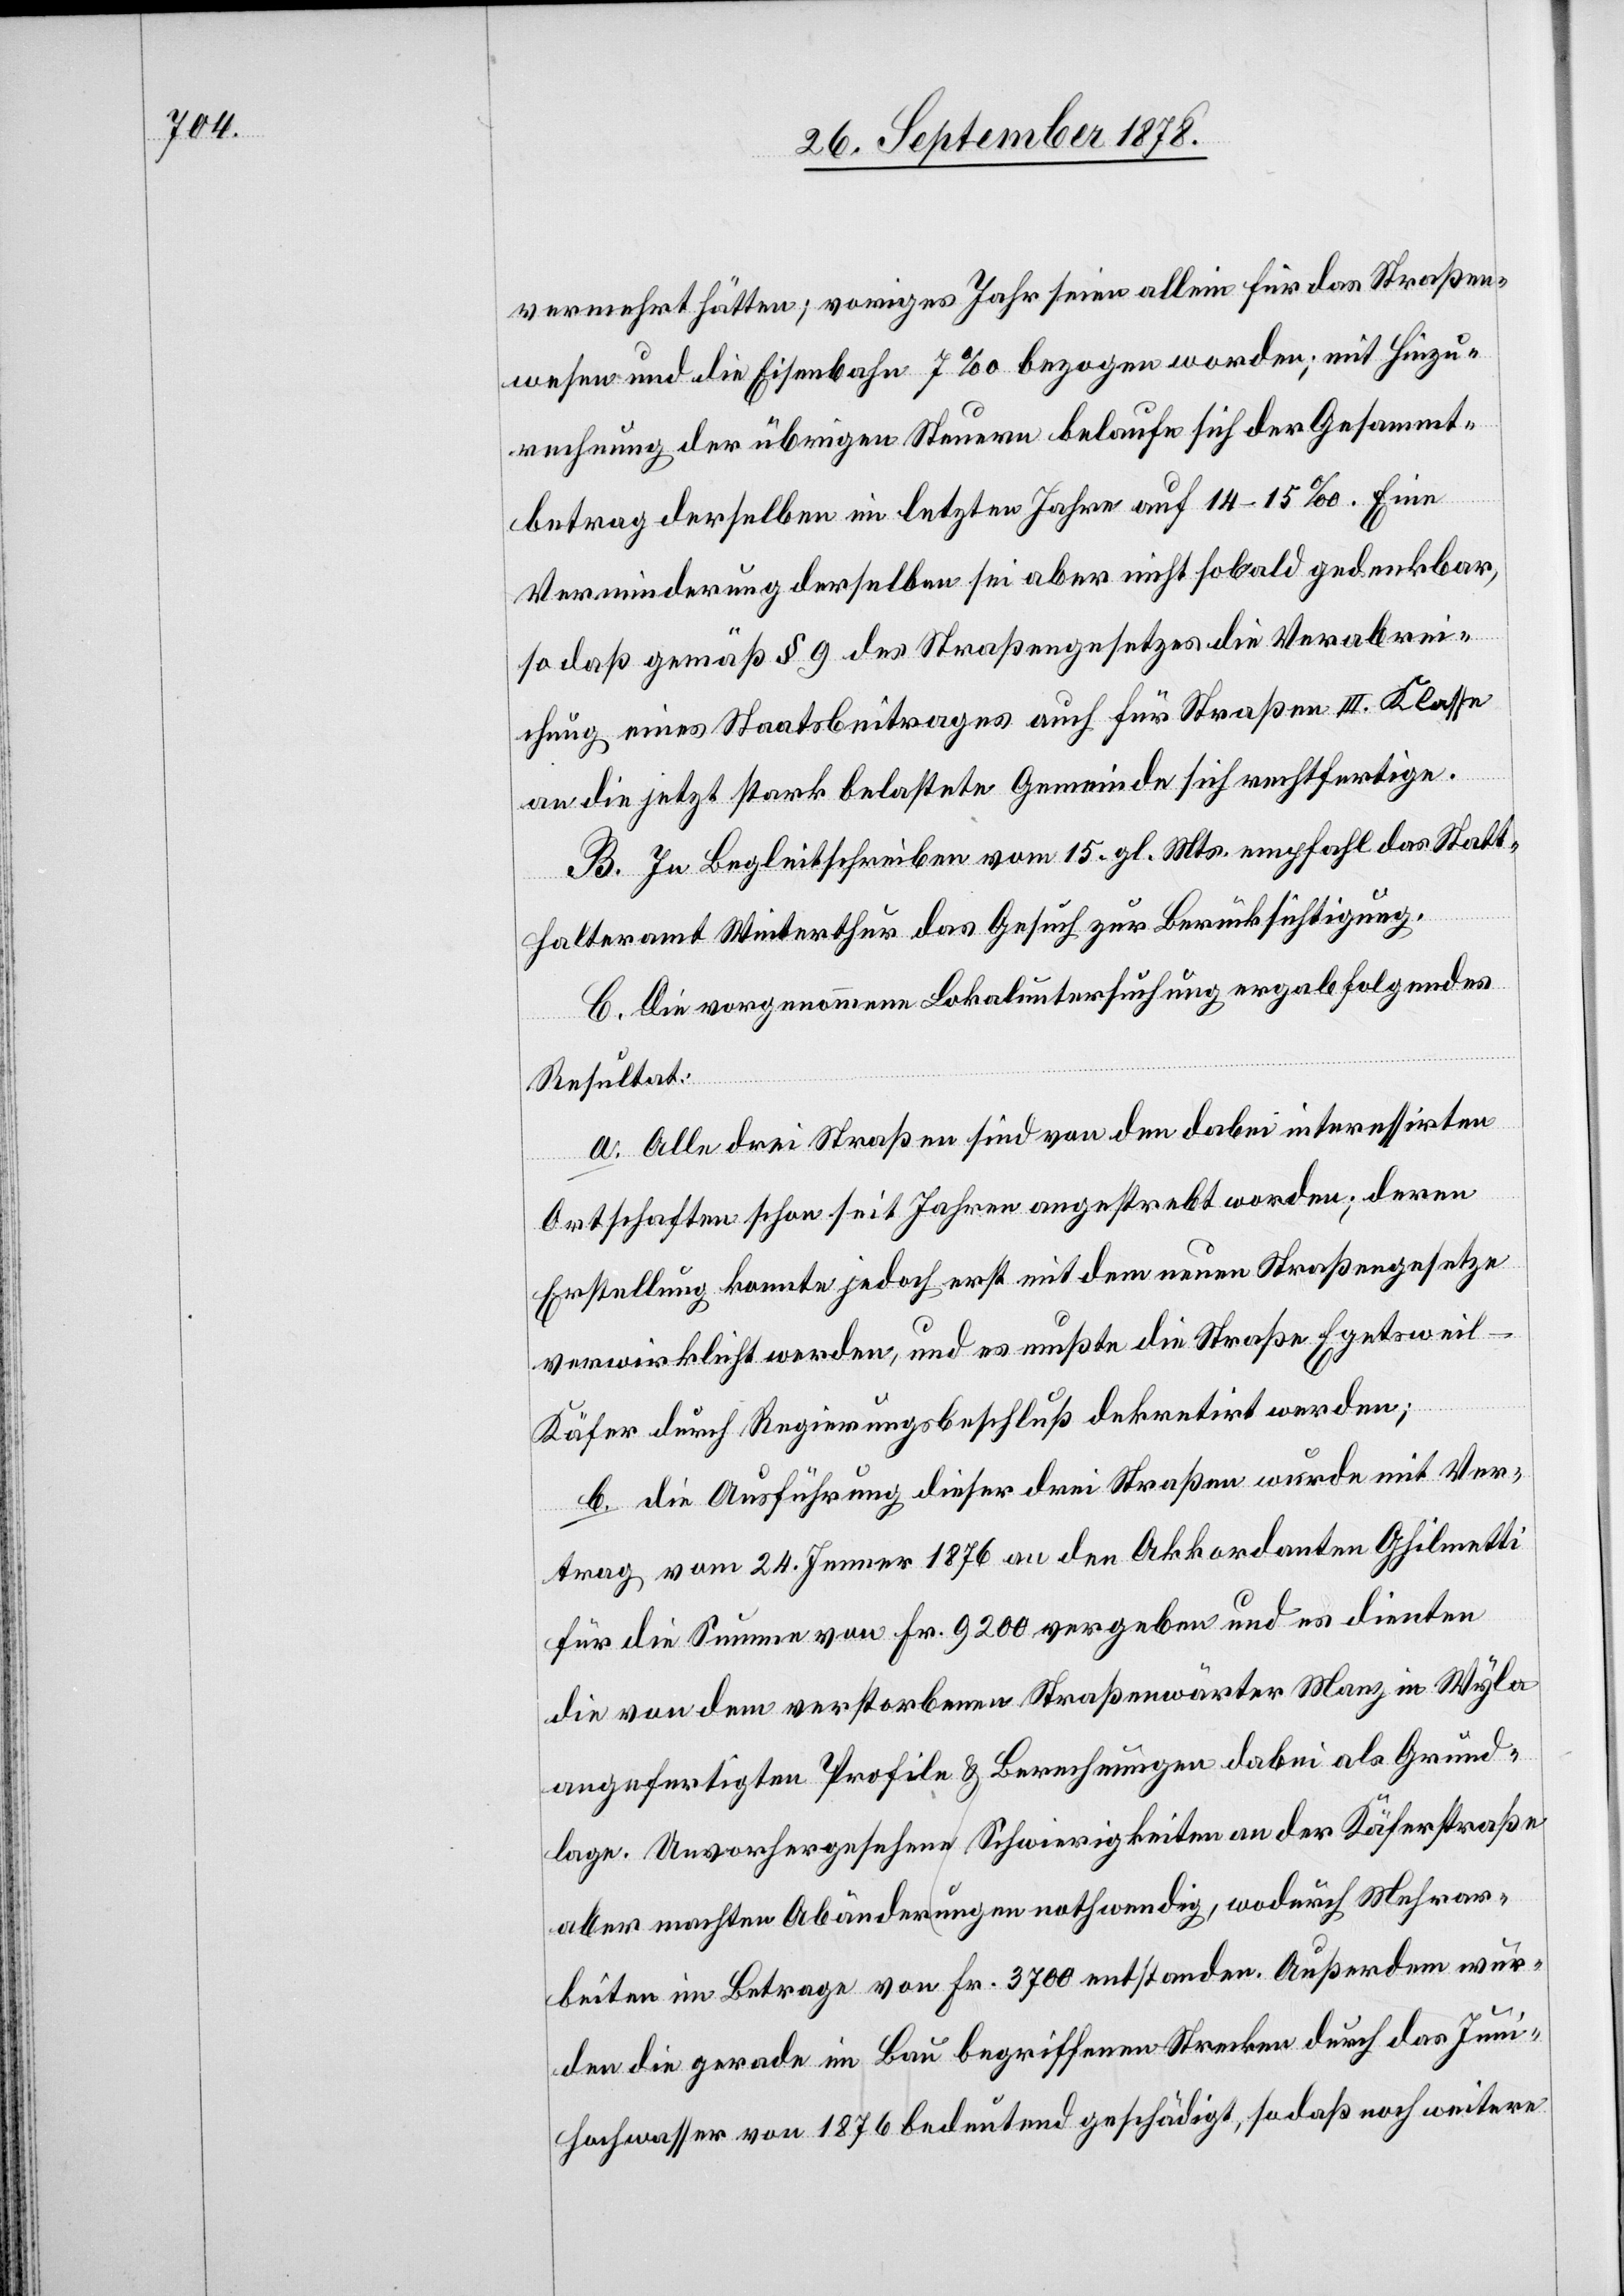
vermehrt hätten; voriges Jahr seien allein für das Straßen¬
wesen und die Eisenbahn 7‰ bezogen worden; mit Hinzu¬
rechnung der übrigen Steuern belaufe sich der Gesammt¬
betrag derselben im letzten Jahre auf 14–15‰. Eine
Verminderung derselben sei aber nicht sobald gedenkbar,
so daß gemäß § 9 des Straßengesetzes die Verabrei¬
chung eines Staatsbeitrages auch für Straßen III. Klasse
an die jetzt stark belastete Gemeinde sich rechtfertige.
B. In Begleitschreiben vom 15. gl. Mts. empfahl das Statt¬
halteramt Winterthur das Gesuch zur Berücksichtigung.
C. Die vorgenommene Lokaluntersuchung ergab folgendes
Resultat:
a. Alle drei Straßen sind von den dabei interessirten
Ortschaften schon seit Jahren angestrebt worden; deren
Erstellung konnte jedoch erst mit dem neuen Straßengesetze
verwirklicht werden, und es mußte die Straße Egetswei¬
l–Käfer durch Regierungsbeschluß dekretirt werden;
b. die Ausführung dieser drei Straßen wurde mit Ver¬
trag vom 24. Jenner 1876 an den Akkordanten Ghilmetti
für die Summe von Fr. 9200 vergeben und es dienten
die von dem verstorbenen Straßenwärter Manz in Wyla
angefertigten Profile & Berechnungen dabei als Grund¬
lage. Unvorhergesehene Schwierigkeiten an der Käferstraße
aber machten Abänderungen nothwendig, wodurch Mehrar¬
beiten im Betrage von Fr. 3700 entstanden. außerdem wur¬
den die gerade im Bau begriffenenen Strecken durch das Juni¬
hochwasser von 1876 bedeutend geschädigt, sodaß noch weitere